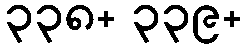
၃၃၈+ ၃၃၉+